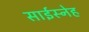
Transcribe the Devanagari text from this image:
साईस्नेह